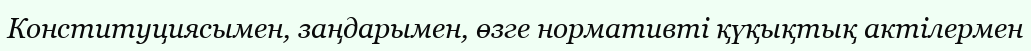
Конституциясымен, заңдарымен, өзге нормативті қүқықтық актілермен